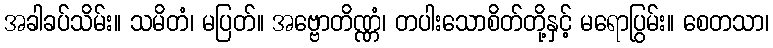
အခါခပ်သိမ်း။ သမိတံ၊ မပြတ်။ အဗ္ဗောတိဏ္ဏံ၊ တပါးသောစိတ်တို့နှင့် မရောပြွမ်း။ စေတသာ၊